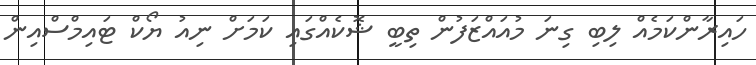
ހައިރާންކަމެއް ލިބި ގިނަ މުއައްޒަފުން ތިބީ ޝޮކެއްގައި ކަމަށް ނިއު ޔޯކް ޓައިމްސްއިން